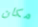
مكان